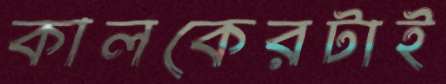
কালকেরটাই